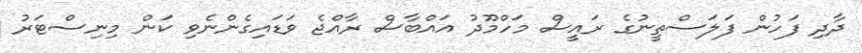
ދާދި ފަހުން ފަލަސްތީނުގެ ރައީސް މަހްމޫދު އައްބާސް ރާއްޖެ ވަޑައިގެންނެވި ކަން މިނިސްޓަރު